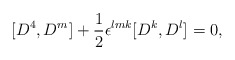
\begin{align*}[D^4,D^m]+{1\over2}\epsilon^{lmk}[D^k,D^l]=0,\end{align*}